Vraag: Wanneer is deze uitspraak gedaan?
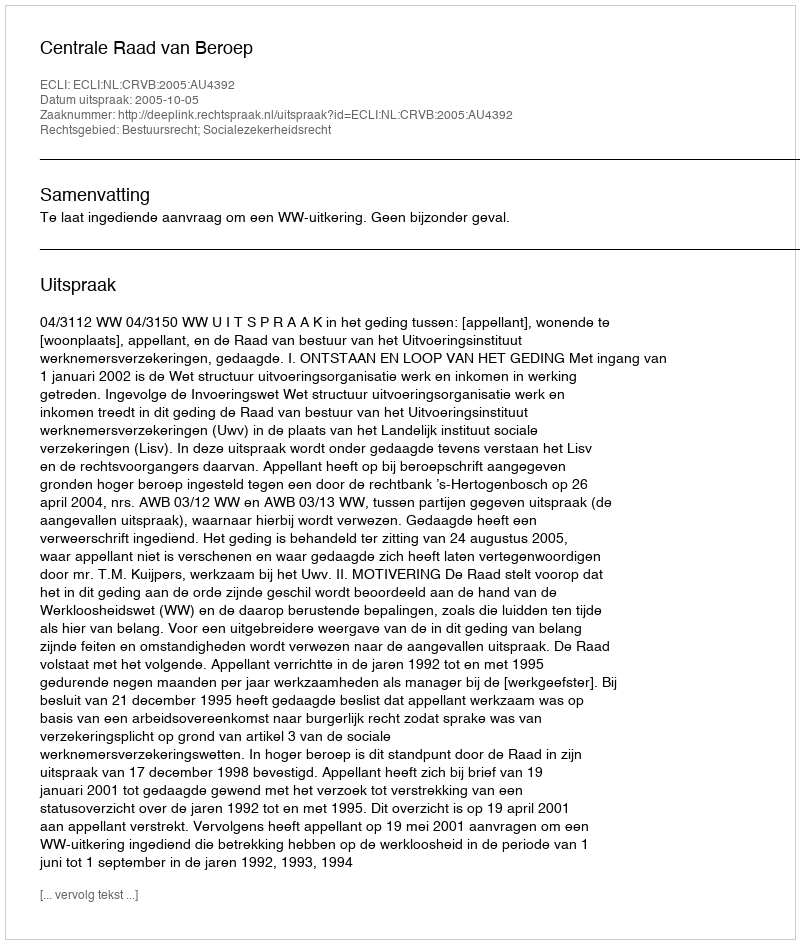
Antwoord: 2005-10-05